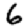
Digit: 6